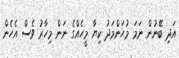
އަދި ބޭނުން ނަމަ މުޙަންމަދު ކިޔާ މީހެއްގެ ނަން މިހާރު ވެސް އެހެން